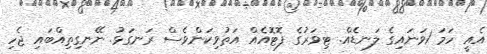
އެއީ ހަމަ 1ވަނައިގެ ލަނޑެއް. ޓިވަރުގެ ފޮޓޮއެއް އަތުވިކަންވެސް ރަނގަޅު. ނޭނގިތިއްބައި ޖެހި